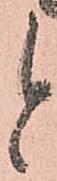
と